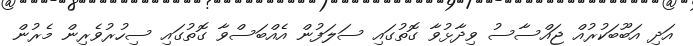
އަދި އަބޫބަކުރުއް ޖައްސާސު ވިދާޅުވާ ގޮތުގައި ސަލަފުން އެއްބަސްވާ ގޮތުގައި ސިހުރުވެރިން މެރުން